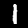
Label: 1